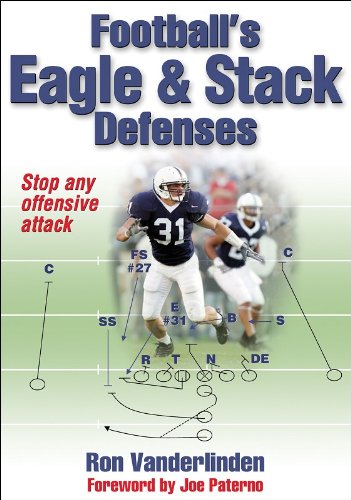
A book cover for Football's Eagle and Stack Defenses; Ronald Vanderlinden; Sports & Outdoors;